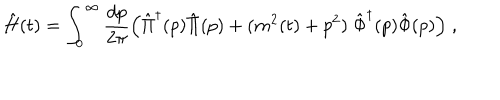
\hat { H } ( t ) = \int _ { 0 } ^ { \infty } { \frac { d p } { 2 \pi } } \Big ( \hat { \Pi } ^ { \dagger } ( p ) \hat { \Pi } ( p ) + ( m ^ { 2 } ( t ) + p ^ { 2 } ) \; \hat { \Phi } ^ { \dagger } ( p ) \hat { \Phi } ( p ) \Big ) \; ,